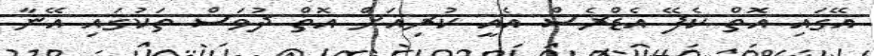
އޭގައި އޮތް ކެފޭ އެޑްރެސް އެއީ ކުރިއަށް އޮތް ދުވަސް ތަކުގައި އޭނާ